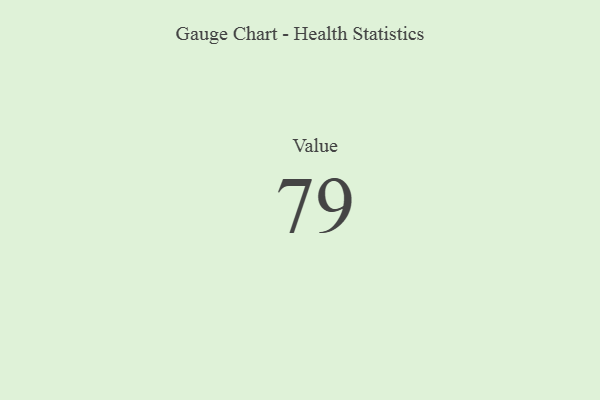
{"axis": {"x": "Metric", "y": "Value"}, "legend": [""], "data": [{"x": "Value", "y": 79, "type": ""}]}